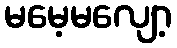
မမေ့မလျော့